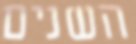
השנים